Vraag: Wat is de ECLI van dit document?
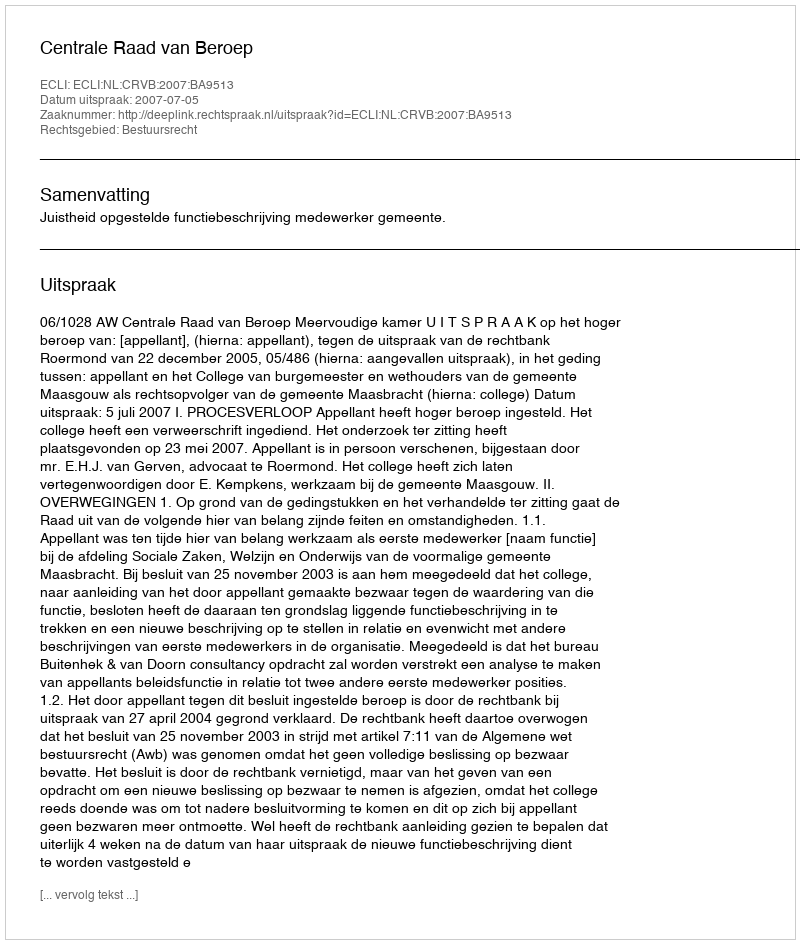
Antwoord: ECLI:NL:CRVB:2007:BA9513